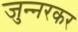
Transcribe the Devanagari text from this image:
जुन्‍नरकर